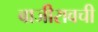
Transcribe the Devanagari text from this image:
बाजीरावची